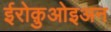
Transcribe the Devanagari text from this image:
ईरोक़ुओइअन